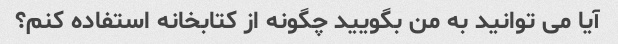
آیا می توانید به من بگویید چگونه از کتابخانه استفاده کنم؟